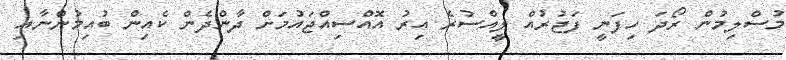
މުސްލިމުން ރޯދަ ހިފަނީ ފަޖުރުއް ލީއްސުރެ އިރު އޮއްސިއްޖައުމަށް ދާންދެން ކެއިން ބުއިމުންނާއި